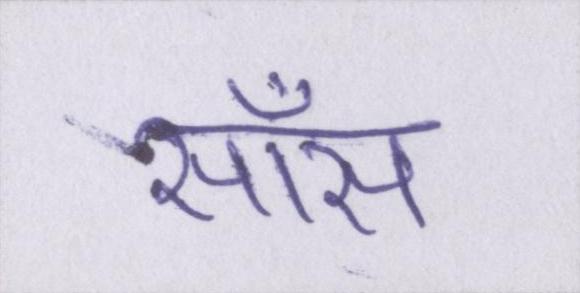
साँस